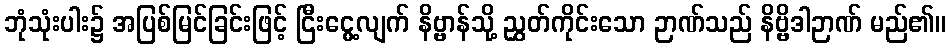
ဘုံသုံးပါး၌ အပြစ်မြင်ခြင်းဖြင့် ငြီးငွေ့လျက် နိဗ္ဗာန်သို့ ညွှတ်ကိုင်းသော ဉာဏ်သည် နိဗ္ဗိဒါဉာဏ် မည်၏။